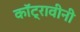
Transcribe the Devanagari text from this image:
कॉट्रावीनी